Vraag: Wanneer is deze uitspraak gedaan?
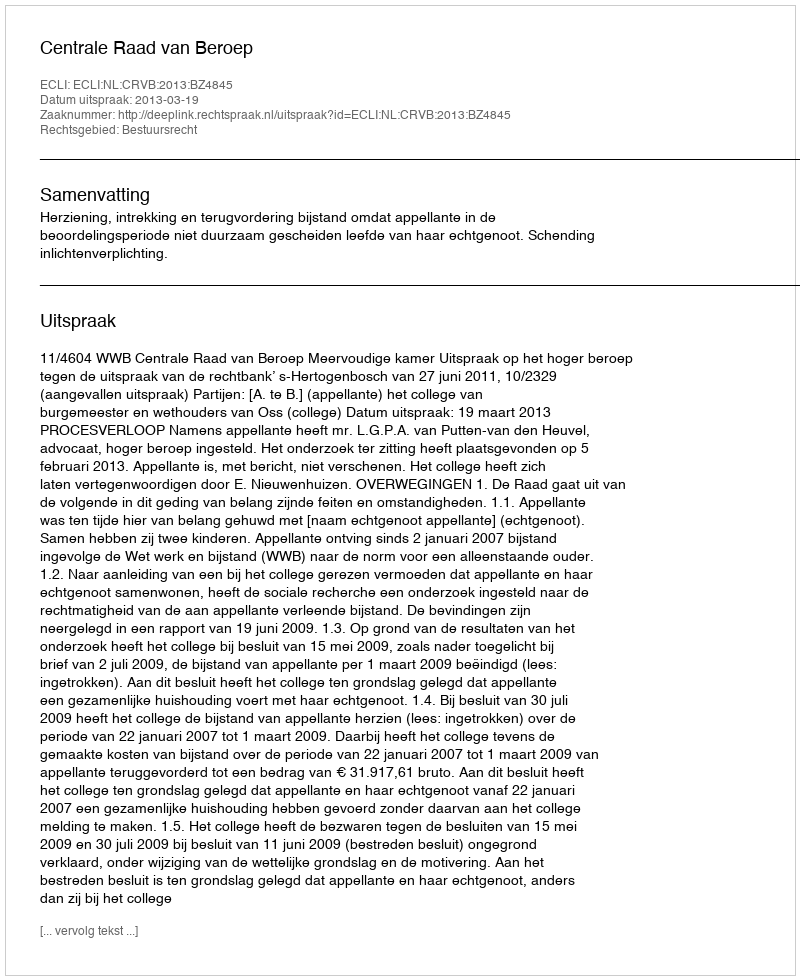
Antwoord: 2013-03-19